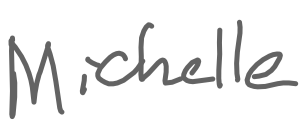
Text: Michelle
Cross-out: clean
Writing tool: digital_gray